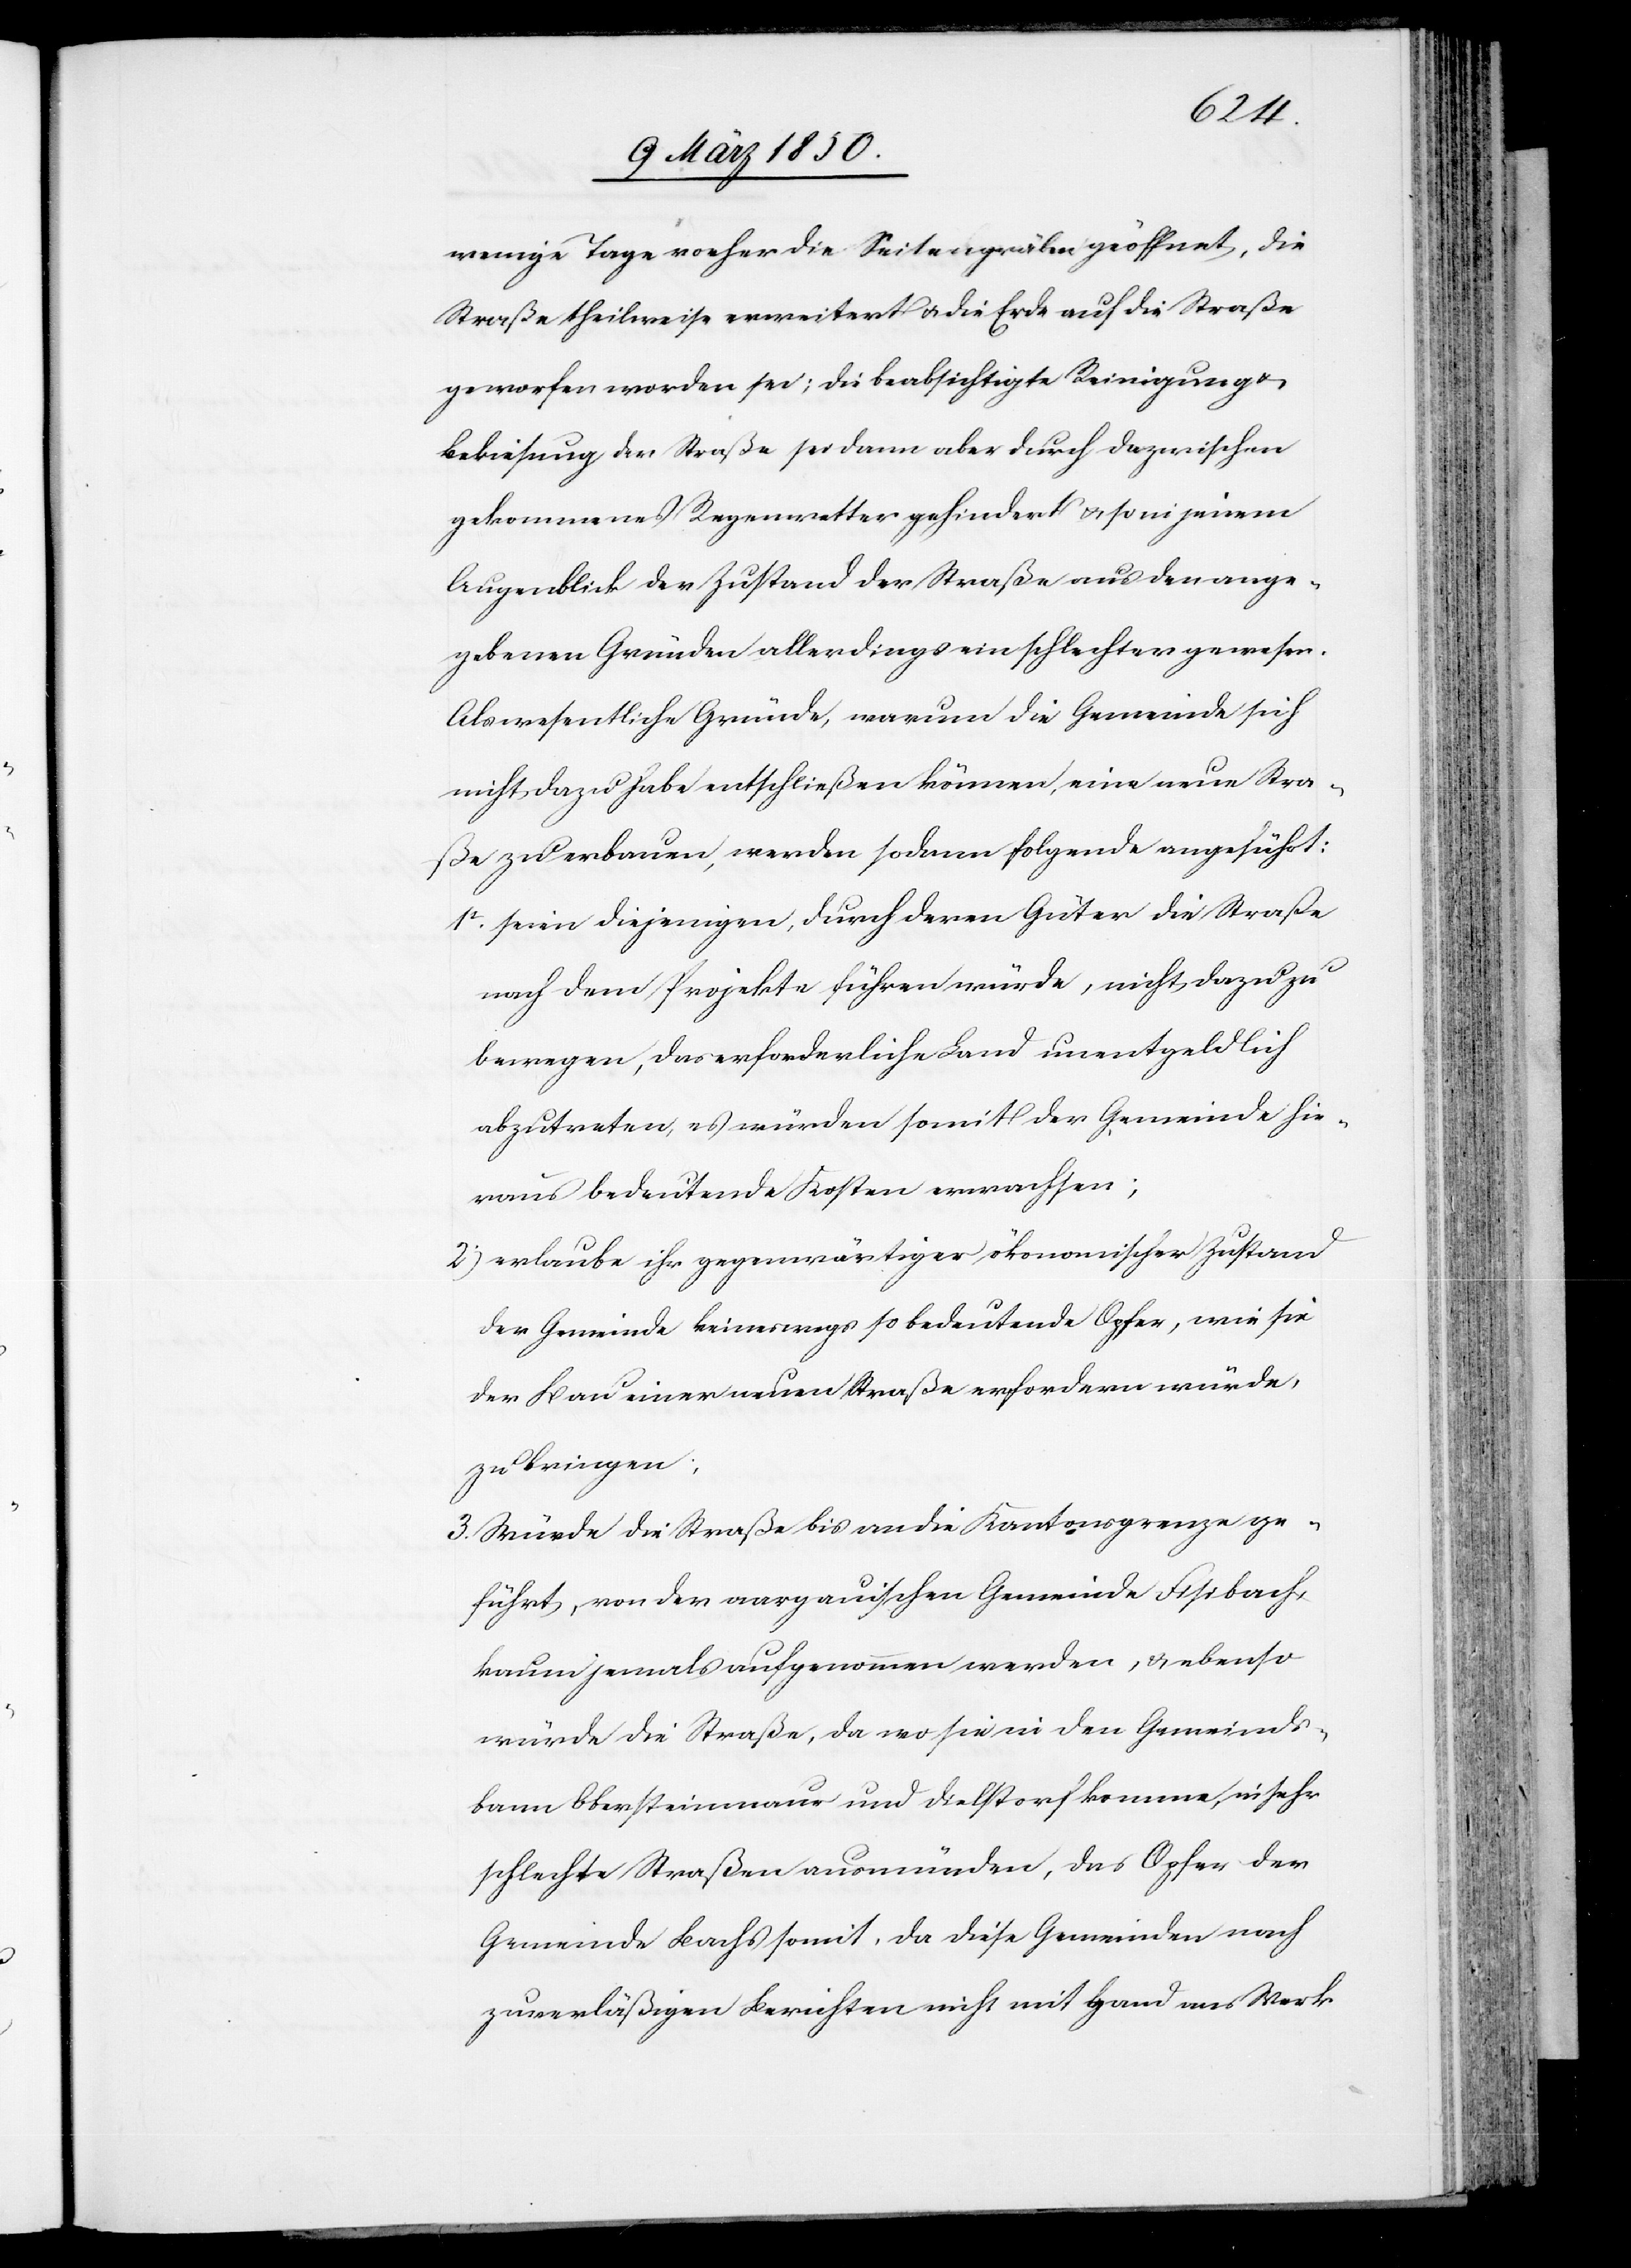
wenige Tage vorher die Seitengräben geöffnet, die
Straße theilweise erweitert u. die Erde auf die Straße
geworfen worden sei; die beabsichtigte Reinigung u.
Bekiesung der Straße sei dann aber durch dazwischen
gekommenes Regenwetter gehindert u. so in jenem
Augenblick der Zustand der Straße aus den ange¬
gebenen Gründen allerdings ein schlechter gewesen.
Als wesentliche Gründe, warum die Gemeinde sich
nicht dazu habe entschließen können, eine neue Stra¬
ße zu erbauen, werden sodann folgende angeführt:
1t. seien diejenigen, durch deren Güter die Straße
nach dem Projekte führen würde, nicht dazu zu
bewegen, das erforderliche Land unentgeldlich
abzutreten, es würden somit der Gemeinde hie¬
raus bedeutende Kosten erwachsen;
2) erlaube ihr gegenwärtiger ökonomischer Zustand
der Gemeinde keineswegs so bedeutende Opfer, wie sie
der Bau einer neuen Straße erfordern würde,
zu bringen;
3. Würde die Straße bis an die Kantonsgrenze ge¬
führt, von der aargauischen Gemeinde Fisibach,
kaum jemals aufgenommen werden, u ebenso
würde die Straße, da wo sie in den Gemeinds¬
bann Obersteinmaur und Dielstorf komme, in sehr
schlechte Straßen ausmünden, das Opfer der
Gemeinde Bachs somit, da diese Gemeinden nach
zuverläßigen Berichten nicht mit Hand ans Werk